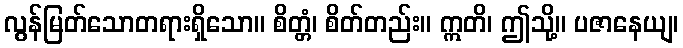
လွန်မြတ်သောတရားရှိသော။ စိတ္တံ၊ စိတ်တည်း။ ဣတိ၊ ဤသို့။ ပဇာနေယျ၊